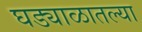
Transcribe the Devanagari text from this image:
घड्याळातल्या